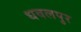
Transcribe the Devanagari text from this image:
धवलपुर